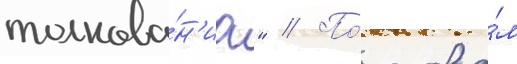
толкова́н'иа" // По́ слова́м